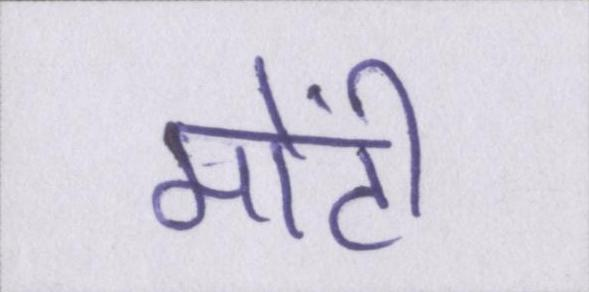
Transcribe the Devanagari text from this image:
मोंटी